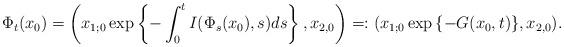
LaTeX: \begin{align*}\Phi_t(x_0)=\left(x_{1;0}\exp\left\{-\int_0^tI(\Phi_s(x_0),s)ds\right\},x_{2,0}\right)=:(x_{1;0}\exp{\{-G(x_0,t)\}},x_{2,0}).\end{align*}